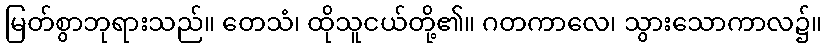
မြတ်စွာဘုရားသည်။ တေသံ၊ ထိုသူငယ်တို့၏။ ဂတကာလေ၊ သွားသောကာလ၌။